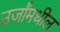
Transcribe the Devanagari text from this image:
उर्जांमधील